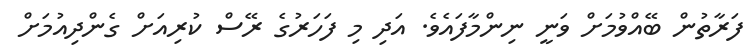
ފަރާތުން ބޭއްވުމަށް ވަނީ ނިންމާފައެވެ. އަދި މި ފަހަރުގެ ރޭސް ކުރިއަށް ގެންދިއުމަށް